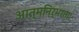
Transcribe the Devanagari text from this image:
आत्मनिर्भरता।